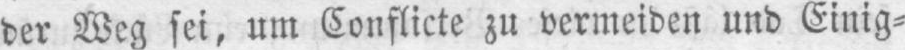
der Weg sei, um Conflicte zu vermeiden und Einig⸗